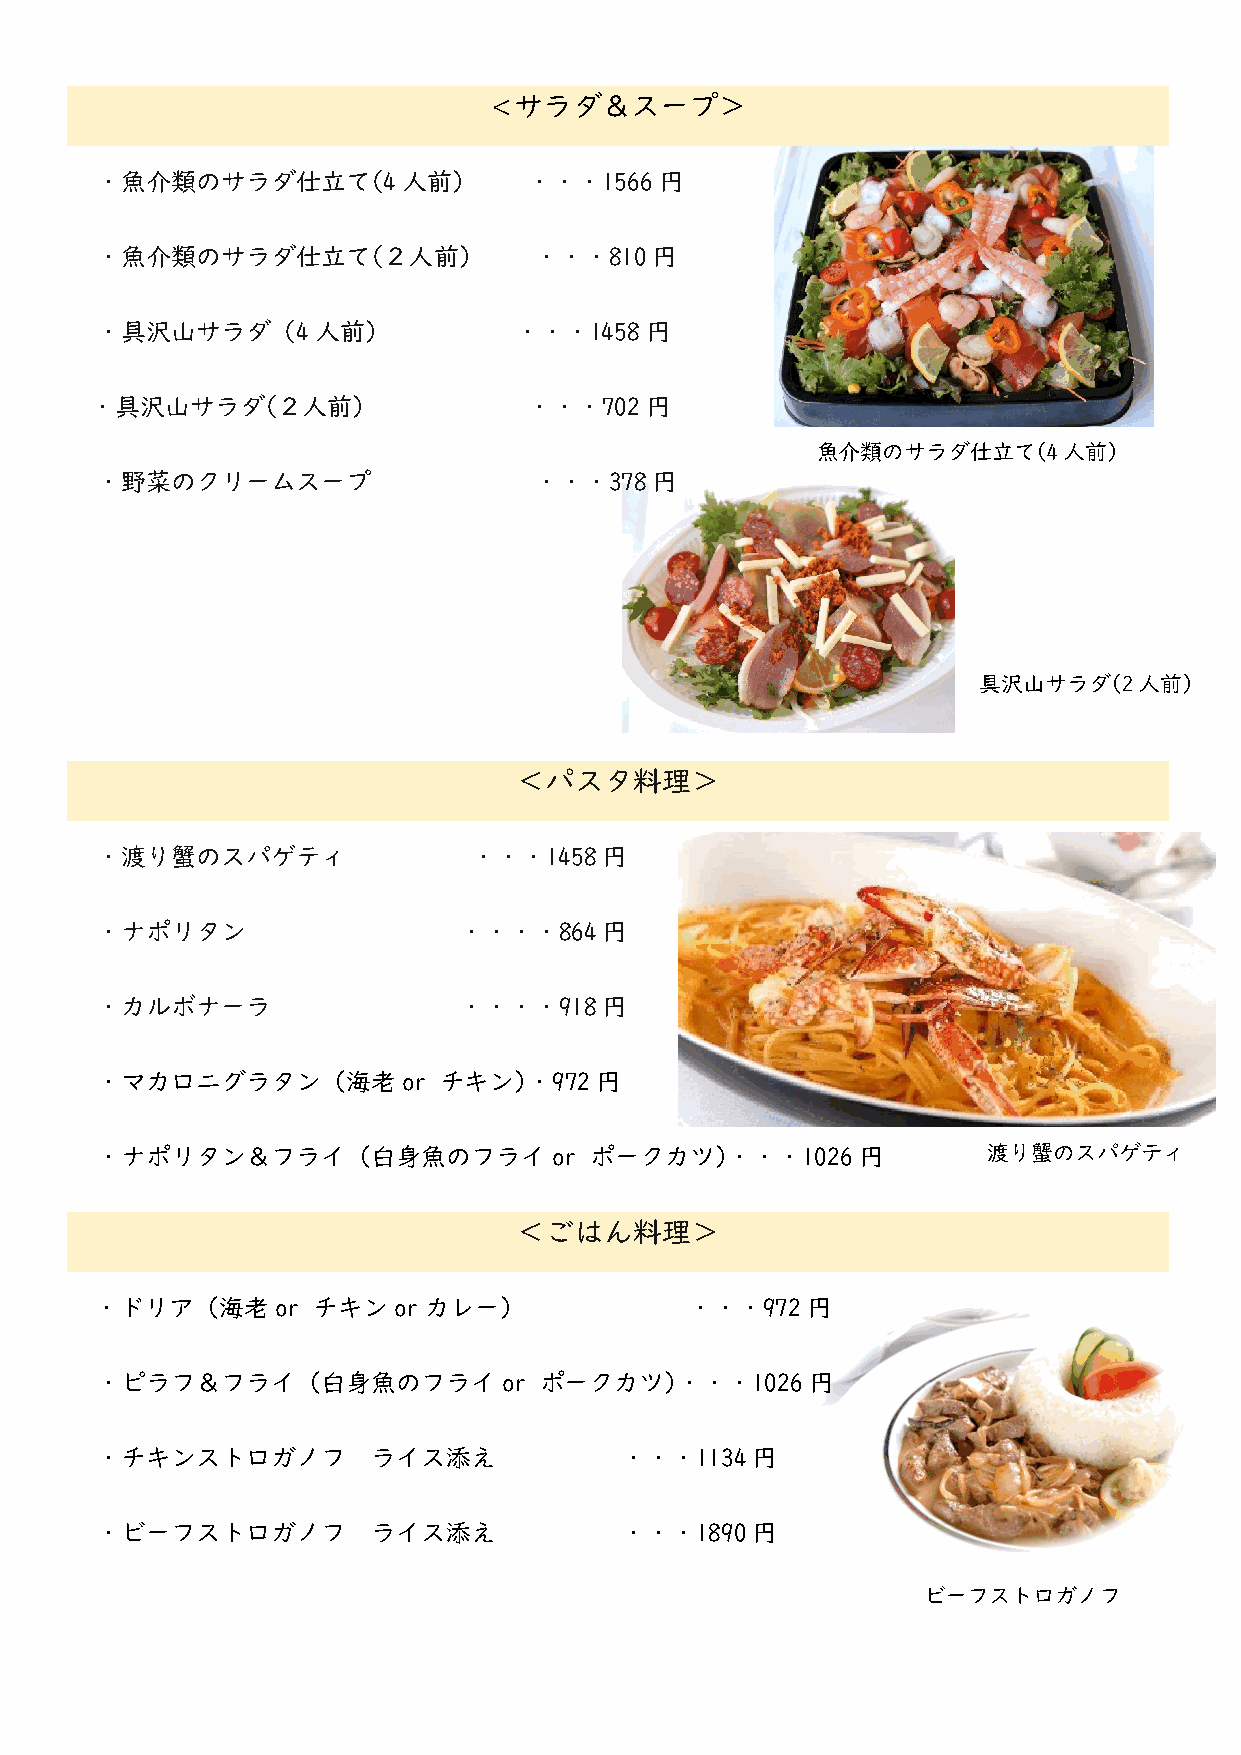
＜サラダ＆スープ＞
 ・魚介類のサラダ仕立て(4人前）            ・・・1566   円
 ・魚介類のサラダ仕立て(２人前）            ・・・810   円
 ・具沢山サラダ      (4人前）        ・・・1458    円
 ・具沢山サラダ(２人前）               ・・・702    円
 魚介類のサラダ仕立て(4人前)
 ・野菜のクリームスープ                 ・・・378   円
 具沢山サラダ(2人前)
 ＜パスタ料理＞
 ・渡り蟹のスパゲティ              ・・・1458   円
 ・ナポリタン                  ・・・・864円
 ・カルボナーラ                ・・・・918    円
 ・マカロニグラタン（海老or         チキン）・972円
 ・ナポリタン＆フライ（白身魚のフライor             ポークカツ）・・・1026円            渡り蟹のスパゲティ
 ＜ごはん料理＞
 ・ドリア（海老or      チキンorカレー）                ・・・972円
 ・ピラフ＆フライ（白身魚のフライor            ポークカツ）・・・1026円
 ・チキンストロガノフ         ライス添え           ・・・1134円
 ・ビーフストロガノフ         ライス添え           ・・・1890円
 ビーフストロガノフ